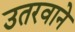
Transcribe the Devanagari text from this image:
उतरवाने